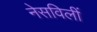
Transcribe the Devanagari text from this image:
नेसविलीं